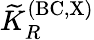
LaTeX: {\widetilde K}_{R}^{\mathrm{(BC,X)}}